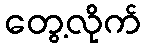
တွေ့လိုက်